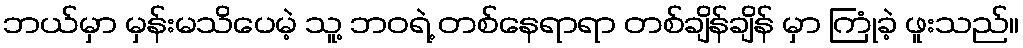
ဘယ်မှာ မှန်းမသိပေမဲ့ သူ့ ဘဝရဲ့ တစ်နေရာရာ တစ်ချိန်ချိန် မှာ ကြုံခဲ့ ဖူးသည်။